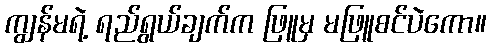
ကျွန်မရဲ့ ရည်ရွယ်ချက်က ဖြူမှ မဖြူစင်ပဲကော။